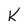
Character: k